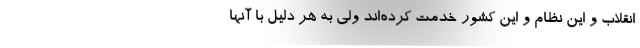
انقلاب و این نظام و این کشور خدمت کرده‌اند ولی به هر دلیل با آنها